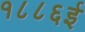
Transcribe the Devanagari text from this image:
१८८६ई